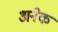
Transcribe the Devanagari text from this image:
अनेेक